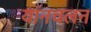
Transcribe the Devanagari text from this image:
यानचलन